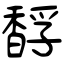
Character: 馟